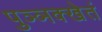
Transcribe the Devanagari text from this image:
पुञ्ञक्खेतं